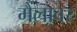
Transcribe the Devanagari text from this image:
मैंलावर